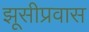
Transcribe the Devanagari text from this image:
झूसीप्रवास